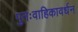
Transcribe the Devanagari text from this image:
पुनःवाहिकावर्धन